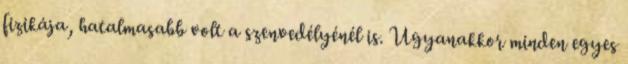
fizikája, hatalmasabb volt a szenvedélyénél is. Ugyanakkor minden egyes